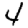
Digit: 4